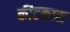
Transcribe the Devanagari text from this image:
कीटकास